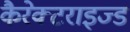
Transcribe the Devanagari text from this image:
कैरेक्टराइज्ड